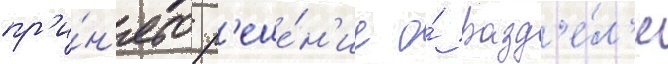
пр'и́н'ято р'еше́н'ие о́ разд'е́л'е